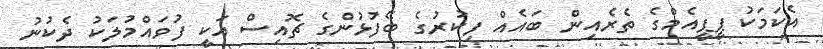
އެކަމަކު ޕީޕީއެމްގެ ތެރެއިން ބައެއް ފިކުރުގެ ބޭފުޅުންގެ ޗޮއިސް އަކީ ފުވައްމުލަކު ދެކުނު